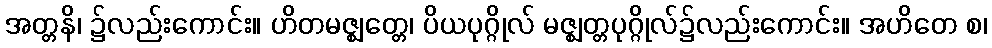
အတ္တနိ၊ ၌လည်းကောင်း။ ဟိတမဇ္ဈတ္တေ၊ ပိယပုဂ္ဂိုလ် မဇ္ဈတ္တပုဂ္ဂိုလ်၌လည်းကောင်း။ အဟိတေ စ၊